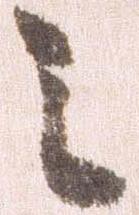
ミ